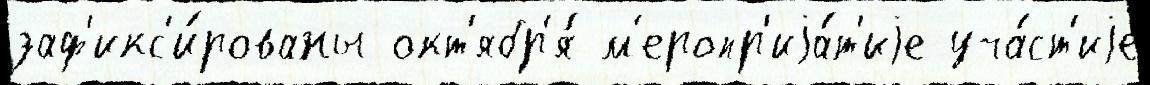
заф'икс'и́рованы окт'ябр'я́ м'еропр'иjа́т'иjе уча́ст'иjе